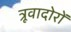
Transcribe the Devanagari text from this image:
त्रूवादोरों